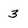
Character: 3